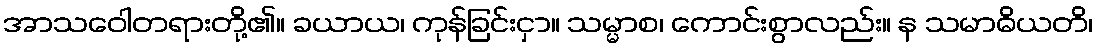
အာသဝေါတရားတို့၏။ ခယာယ၊ ကုန်ခြင်းငှာ။ သမ္မာစ၊ ကောင်းစွာလည်း။ န သမာဓိယတိ၊